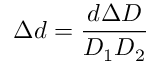
\Delta d = \frac { d \Delta D } { D _ { 1 } D _ { 2 } }